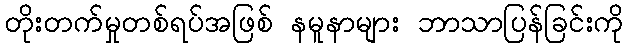
တိုးတက်မှုတစ်ရပ်အဖြစ် နမူနာများ ဘာသာပြန်ခြင်းကို